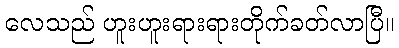
လေသည် ဟူးဟူးရားရားတိုက်ခတ်လာပြီ။